Annual report of the Civil Veterinary Department, Bengal, for the year 1896-97 - 1896-1897
Year: 1896
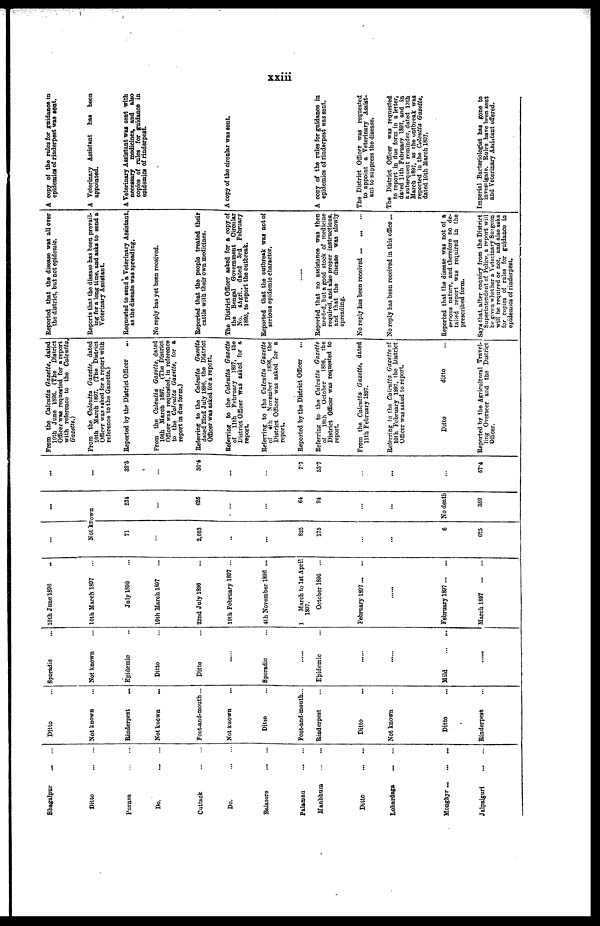
xxiii
Bhagalpur
...
...
Ditto
...
...
Purnea
...
...
Do.
...
...
Cuttack ... ...
Do.
...
...
Balasore
...
...
Palaman ... ...
Manbhum
...
...
Ditto
...
...
Lohardaga
...
...
Monghyr ... ... ...
Jalpaiguri
...
...
Ditto ...
Not known ...
Rinderpest
...
Not known
...
Foot-and-mouth ...
Not known ...
Ditto ...
Foot-and-mouth...
Rinderpest
Ditto
Not known ...
Ditto ...
Rinderpest ...
Sporadic ...
Not known ...
Epidemic
Ditto ...
Ditto ....
......
Sporadic ...
......
Epidemic
......
Mild
...
...
......
10th June 1896
...
10th March 1897 ...
July 1896
10th March 1897 ...
22nd July 1896 ...
10th February 1897 ...
4th November 1896 ...
1
March to 1st April
1897.
October 1896 ...
February 1897
......
February 1897 ... ...
March 1897
...
...
...
...
Not known
71
...
2,053
....
...
825
175
...
6
625
231
...
625
...
...
64
94
...
No death
359
...
...
32.5
...
30.4
...
...
7.7
53.7
...
....
57.4
From the Calcutta Gazette, dated
10th June 1896. (The District
Officer was requested tor a report
with reference to the Calcutta,
Gazette.)
From the Calcutta Gazette, dated
10th March 1897. (The District
Officer was asked for a report with
reference to the Gazette.)
Reported by the District Officer
...
From the Calcutta Gazette, dated
10th March 1897. (The District
Officer was requested, in reference
to the Calcutta Gazette, for a
report in due form.)
Referring to the Calcutta Gazette
dated 22nd July 1896, the District
Officer was asked for a report.
Referring to the Calcutta Gazette
of 11th February 1897, the
District Officer was asked for a
report.
Referring to the Calcutta Gazette
of 4th November
1896, the
District Officer was asked for a
report.
Reported by the District Officer ...
Referring to the Calcutta Gazette
of
18th
October
1896, the
District Officer was requested to
report.
From the Calcutta Gazette, dated
11th February 1897.
Referring to the Calcutta Gazette of
10th February 1897, the District
Officer was asked to report.
Ditto
ditto ...
Reported by the Agricultural Travel-
ling Overseer and the District
Officer.
Reported that the disease was all over
the district, but not epidemic.
Reports that the disease has been prevail-
ing for a long time, and asks to send a
Veterinary Assistant.
Requested to send a Veterinary Assistant,
as the disease was spreading.
No reply has yet been received.
Reported that the people treated their
cattle with their own medicines.
The District Officer asked for a copy of
the Bengal Government Circular
No. 4Agri., dated 3rd February
1895, to report the outbreak.
Reported that the outbreak was not of
serious epidemic character.
......
Reported that no assistance was then
needed, but a good stock of medicine
required, and also proper instructions,
and that the disease was slowly
spreading.
No reply has been received ... ... ...
No reply has been received in this office ...
Reported that the disease was not of a
serious nature, and therefore no de-
tailed report was required in the
prescribed form.
Says that, after enquiry from the District
Superintendent of Police, a report will
be given whether a Veterinary Surgeon
will be required or not, and also asks
for copies of rules for guidance in
epidemics of rinderpest.
A copy of the rules for guidance in
epidemics of rinderpest was sent.
A Veterinary Assistant
has been
appointed.
A Veterinary Assistant was sent with
necessary medicines, and also
copies of rules for guidance in
epidemics of rinderpest.
A copy of the circular was sent.
A copy of the rules for guidance in
epidemics of rinderpest was sent.
The District Officer was requested
to appoint a Veterinary Assist-
ant to suppress the disease.
The District Officer was requested
to report in due form in a letter,
dated 11th February 1897, and in
a subsequent reminder, dated 13th
March 1897, as the outbreak was
reported in the Calcutta Gazette,
dated 10th March 1897.
Imperial Bacteriologist has gone to
investigate. Rules have been sent
and Veterinary Assistant offered.